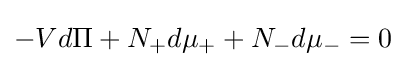
-Vd\Pi +N_{+}d\mu _{+}+N_{-}d\mu _{-}=0